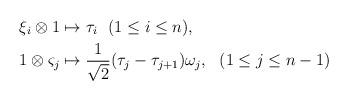
LaTeX: \begin{align*}\xi_i\otimes 1&\mapsto \tau_i \ \ (1\leq i\leq n), \\1\otimes \varsigma_j&\mapsto \frac{1}{\sqrt{2}}(\tau_j-\tau_{j+1})\omega_j, \ \ (1\leq j\leq n-1)\end{align*}